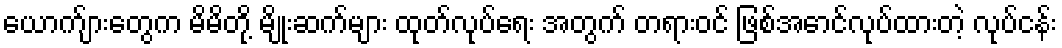
ယောက်ျားတွေက မိမိတို့ မျိုးဆက်များ ထုတ်လုပ်ရေး အတွက် တရားဝင် ဖြစ်အောင်လုပ်ထားတဲ့ လုပ်ငန်း